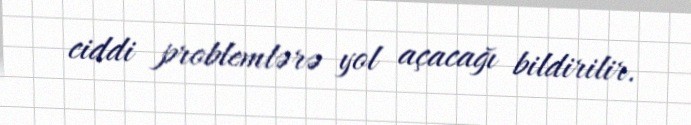
ciddi problemlərə yol açacağı bildirilir.